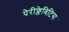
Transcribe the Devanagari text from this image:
पेरीफ्लेबिटिस